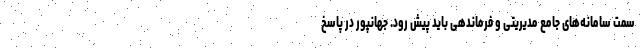
سمت سامانه‌های جامع مدیریتی و فرماندهی باید پیش رود. جهانپور در پاسخ